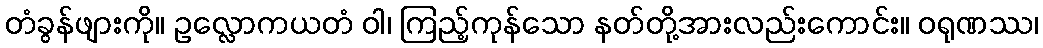
တံခွန်ဖျားကို။ ဥလ္လောကယတံ ဝါ၊ ကြည့်ကုန်သော နတ်တို့အားလည်းကောင်း။ ဝရုဏဿ၊